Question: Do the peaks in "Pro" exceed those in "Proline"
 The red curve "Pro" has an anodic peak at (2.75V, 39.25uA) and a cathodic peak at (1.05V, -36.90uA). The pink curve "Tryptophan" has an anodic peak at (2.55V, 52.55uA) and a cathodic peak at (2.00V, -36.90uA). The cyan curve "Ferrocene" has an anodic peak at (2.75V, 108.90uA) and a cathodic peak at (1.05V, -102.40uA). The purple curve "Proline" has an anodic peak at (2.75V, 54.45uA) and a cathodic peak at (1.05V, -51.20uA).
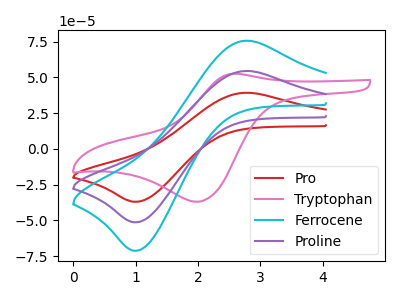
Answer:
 <answer>Every peak in "Pro" is lower than every peak in "Proline".</answer>
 <eval>lower</eval>